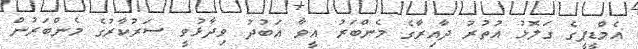
އެމްޑީޕީގެ ގަލޮޅު އުތުރު ދާއިރާގެ މެންބަރު އީވާ އަބުދު ވިދާޅުވީ ސަރުކާރުގެ މެންބަރުން